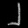
Digit: ၂